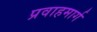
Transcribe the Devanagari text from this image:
प्रवाहमार्ग